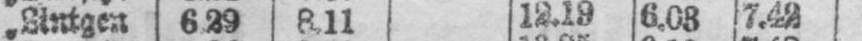
„ Lintgen. 6.29 8.11 12.19 6.03 7.42